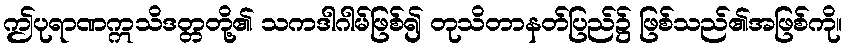
ဤပုရာဏဣသိဒတ္တတို့၏ သကဒါဂါမ်ဖြစ်၍ တုသိတာနတ်ပြည်၌ ဖြစ်သည်၏အဖြစ်ကို။